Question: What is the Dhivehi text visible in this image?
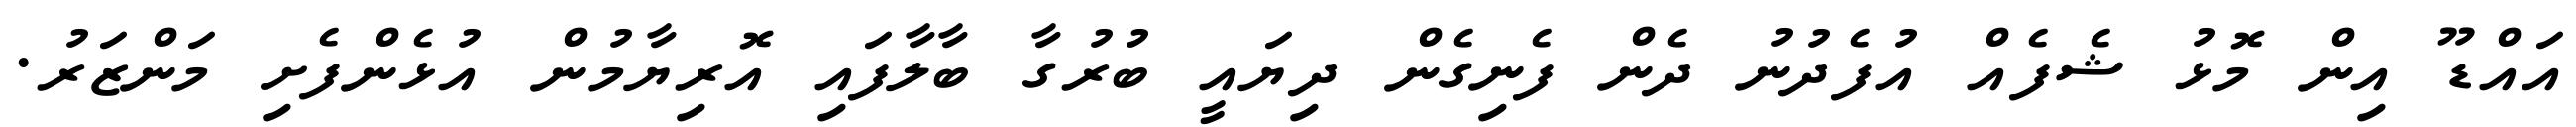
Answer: އައްޑޫ އިން މޮޅު ޝެފެއް އުފެދުނު ދެން ފެނިގެން ދިޔައީ ބުރުގާ ބާލާފައި އޮރިޔާމުން އުޅެންފެށި މަންޒަރު.